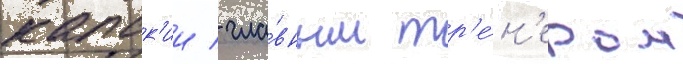
капск'ии / гла́вным тр'е́н'ером